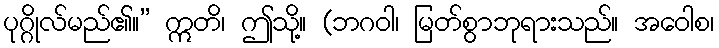
ပုဂ္ဂိုလ်မည်၏။” ဣတိ၊ ဤသို့။ (ဘဂဝါ၊ မြတ်စွာဘုရားသည်။ အဝေါစ၊